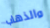
والذهاب